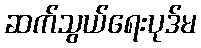
ဆက်သွယ်ရေးပုဒ်မ